画像に写った文字を読んでください
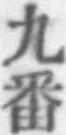
「九番」と書いてあります